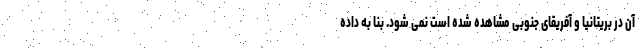
آن در بریتانیا و آفریقای جنوبی مشاهده شده است نمی شود. بنا به داده